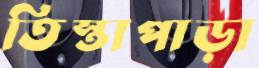
তিস্তাপাড়া